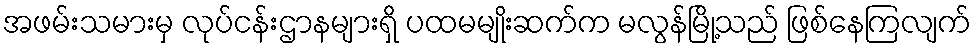
အဖမ်းသမားမှ လုပ်ငန်းဌာနများရှိ ပထမမျိုးဆက်က မလွန်မြို့သည် ဖြစ်နေကြလျက်